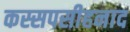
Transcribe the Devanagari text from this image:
कस्सपसीहनाद